Report on sanitation, dispensaries, and jails in Rajputana for 1914, and on vaccination for the year 1914-1915 - 1914-1915
Year: 1914
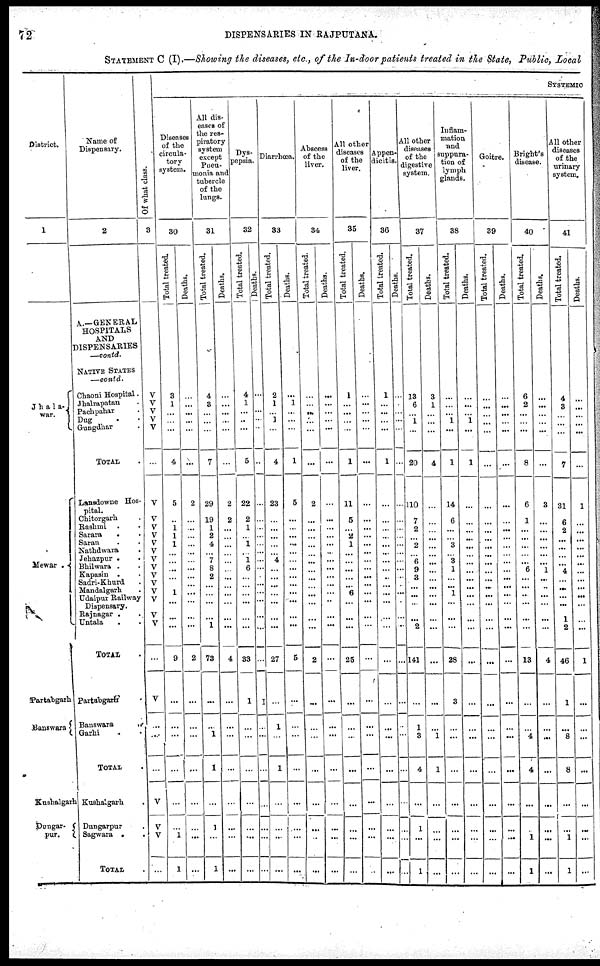
72
DISPENSARIES IN RAJPUTANA.
STATEMENT C (I).—Showing the diseases, etc., of the In-door patients treated in the State, Public, Local
District.
1
Jhala¬
war.
Mewar .
Partabgarh
Banswara
Kushalgarh
Dungar¬
pur.
Name of
Dispensary.
2
A.—GENERAL
HOSPITALS
AND
DISPENSARIES
—contd.
NATIVE STATES
—contd.
Chaoni Hospital.
Jhalrapatan .
Pachpahar .
Dug . .
Gungdhar .
TOTAL .
Lansdowne Hos¬
pital.
Chitorgarh .
Rashmi . .
Sarara . .
Saran . .
Nathdwara .
Jehazpur . .
Bhilwara . .
Kapasin . .
Sadri-Khurd .
Mandalgarh .
Udaipur Railway
Dispensary.
Rajnagar . .
Untala . .
TOTAL
Partabgarh .
Banswara .
Garhi .
TOTAL .
Kushalgarh .
Dungarpur .
Sagwara .
.
TOTAL .
Of what class.
3
V
V V
V
V
...
V
V
V
V
V
V
V
V
V
V
V
V
V
V
...
V
...
...
...
V
V
V
...
SYSTEMIC
Diseases
of the
circula-
tory
system.
30
Total treated.
3
1
...
...
...
4
5
... 1
1
1
...
...
...
...
... 1
...
...
...
9
...
...
...
...
...
...
1
1
Deaths.
...
...
...
...
...
...
2
... ..
...
...
...
...
...
...
...
...
...
...
...
2
...
...
...
...
...
...
...
...
All dis-
eases of
the res-
piratory
system
except
Pneu-
monia and
tubercle
of the
lungs.
31
Total treated.
4
3
...
...
...
7
29
19
1
2
4
...
7
8
2
...
...
...
...
1
73
...
...
1
1
...
1
...
1
Deaths.
...
...
...
...
...
...
2
2
...
...
...
...
...
...
...
...
...
...
...
...
4
...
...
...
...
...
...
...
...
Dys-
pepsia.
32
Total treated.
4
1
...
..
...
...
22
2
1
... 1
...
1
6
...
...
...
...
...
...
33
1
...
...
...
...
...
...
...
Deaths.
...
...
...
...
...
...
...
...
...
...
...
...
...
...
...
...
...
...
...
...
...
1
...
...
...
...
...
...
...
Diarrhœa.
33
Total treated.
2
1
... 1
...
4
23
...
...
...
...
... 4
...
...
...
...
...
...
...
27
...
1
...
1
...
...
...
...
Deaths.
...
1
...
...
...
1
5
...
...
...
...
...
...
...
...
...
...
...
...
...
5
...
...
...
...
...
...
...
...
Abscess
of the
liver.
34
Tot al treated.
...
...
...
...
...
...
2
...
...
...
...
...
...
...
...
...
...
...
...
...
2
...
...
...
...
...
...
...
...
Deaths.
...
...
...
...
...
...
...
...
...
...
...
...
...
...
...
...
...
...
...
...
...
...
...
...
...
...
...
...
...
All other
diseases
of the
liver.
35
Total treated.
1
...
...
...
...
1
11
5
... 2
1
...
...
...
...
... 6
...
...
...
25
...
...
...
...
...
...
...
...
Deaths.
...
...
...
...
...
...
...
...
...
...
...
...
...
...
...
...
...
...
...
...
...
...
...
...
...
...
...
...
...
Appen-
dicitis.
36
Total treated.
1
...
...
...
...
1
...
...
...
...
...
...
...
...
...
...
...
...
...
...
...
...
...
...
...
...
...
...
...
Deaths.
...
...
...
...
...
...
...
...
...
...
...
...
...
...
...
...
...
...
...
...
...
...
...
...
...
...
...
...
...
All other
diseases
of the
digestive
system.
37
Total treated.
13
6
...
1
...
20
110
7
2
... 2
...
6
9
3
...
...
...
...
2
141
...
1
3
4
...
1
...
1
Deaths.
3
1
...
...
...
4
...
...
...
...
...
...
...
...
...
...
...
...
...
...
...
...
...
1
1
...
...
...
...
Inflam-
mation
and
suppura-
tion of
lymph
glands.
38
Tot al treated.
...
...
...
1
...
1
14
6
...
...
3
...
3
1
...
...
1
...
...
...
28
3
...
...
...
...
...
...
...
Deat hs .
...
...
...
1
...
1
...
...
...
...
...
...
...
...
...
...
...
...
...
...
...
...
...
...
...
...
...
...
...
Goitre.
39
Total treated.
...
...
...
...
...
...
...
...
...
...
...
...
...
...
...
...
...
...
...
...
...
...
...
...
...
...
...
...
...
Deaths.
...
...
...
...
...
...
...
...
...
...
...
...
...
...
...
...
...
...
...
...
...
...
...
...
...
...
...
...
...
Bright's
disease.
40
Tot al treated.
6
2
...
...
...
8
6
1
...
...
...
...
...
6
...
...
...
...
...
...
13
...
...
4
4
...
...
1
1
Deat hs .
...
...
...
...
...
...
3
...
...
...
...
...
...
1
...
...
...
...
...
...
4
...
...
...
...
...
...
...
...
All other
diseases
of the
urinary
system.
41
Tot al treated.
...
4
3
...
...
7
31
6
2
...
...
...
...
4
...
...
...
...
1
2
46
1
...
8
8
...
...
1
1
Deat hs .
...
...
...
...
...
...
1
...
...
...
...
...
...
...
...
...
...
...
...
...
1
...
...
...
...
...
...
...
...